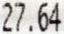
27.64